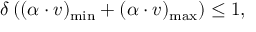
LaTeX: \delta \, ( ( \alpha \cdot v ) _ { \mathrm { m i n } } + ( \alpha \cdot v ) _ { \mathrm { m a x } } ) \leq 1 ,